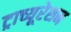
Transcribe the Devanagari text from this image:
ट्राच्यूरेशन